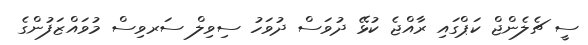
ސީ ޗެލެންޖް ކަޕްގައި ރާއްޖެ ކުޅޭ ދުވަސް ދުވަހު ސިވިލް ސަރވިސް މުވައްޒަފުންގެ